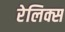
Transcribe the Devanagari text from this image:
रेलिक्स